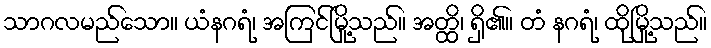
သာဂလမည်သော။ ယံနဂရံ၊ အကြင်မြို့သည်။ အတ္ထိ၊ ရှိ၏။ တံ နဂရံ၊ ထိုမြို့သည်။